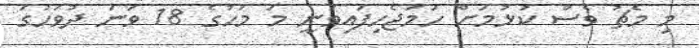
މި މެޗު ވެސް ކުޅުމަށް ހަމަޖެހިފައިވަނީ މަ މަހުގެ 18 ވަނަ ދުވަހުގަ